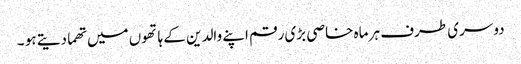
دوسری طرف ہر ماہ خاصی بڑی رقم اپنے والدین کے ہاتھوں میں تھما دیتے ہو ۔